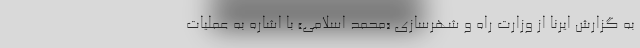
به گزارش ایرنا از وزارت راه و شهرسازی «محمد اسلامی» با اشاره به عملیات